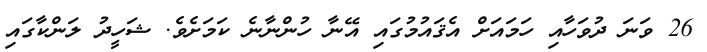
26 ވަނަ ދުވަހާއި ހަމައަށް އެޤައުމުގައި އޭނާ ހުންނާނެ ކަމަށެވެ. ޝަހީދު ލަންކާގައި